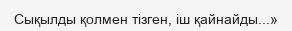
Сықылды қолмен тізген, іш қайнайды...»